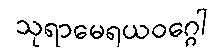
သုရာမေရယဝဂ္ဂေါ